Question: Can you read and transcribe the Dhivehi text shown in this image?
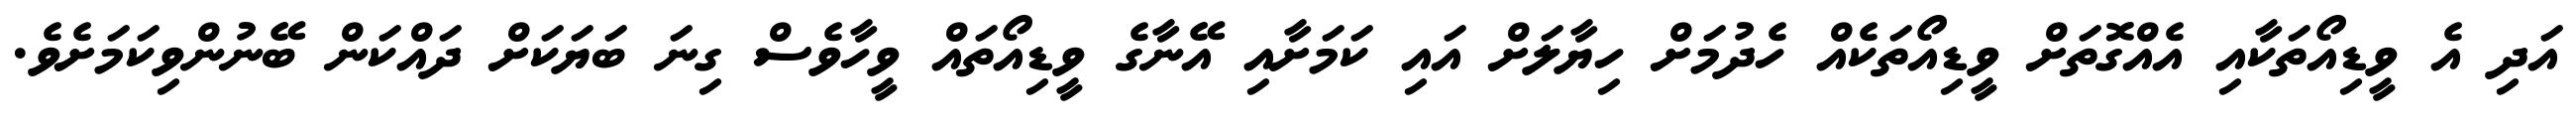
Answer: އަދި އެ ވީޑިއޯތަކާއި އެއްގޮތަށް ވީޑިއޯތަކެއް ހެދުމަށް ހިޔާލަށް އައި ކަމަށާއި އޭނާގެ ވީޑިއޯތައް ވީހާވެސް ގިނަ ބަޔަކަށް ދައްކަން ބޭނުންވިކަމަށެވެ.